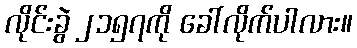
လိုင်းခွဲ ၂၁၅၇ကို ခေါ်လိုက်ပါလား။